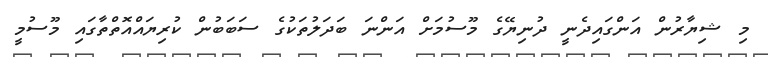
މި ޝިޔާރުން އަންގައިދެނީ ދުނިޔޭގެ މޫސުމަށް އަންނަ ބަދަލުތަކުގެ ސަބަބުން ކުރިޔައްއޮތްތާގައި މޫސުމީ